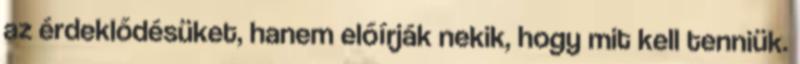
az érdeklődésüket, hanem előírják nekik, hogy mit kell tenniük.